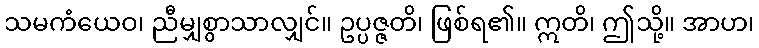
သမကံယေဝ၊ ညီမျှစွာသာလျှင်။ ဥပ္ပဇ္ဇတိ၊ ဖြစ်ရ၏။ ဣတိ၊ ဤသို့။ အာဟ၊